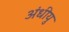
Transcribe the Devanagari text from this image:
अंधीयु